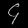
Digit: ၄